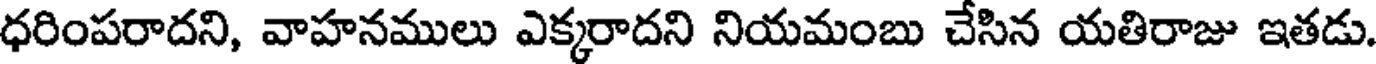
ధరింపరాదని, వాహనములు ఎక్కరాదని నియమంబు చేసిన యతిరాజు ఇతడు.